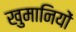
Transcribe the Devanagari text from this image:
खुमानियों